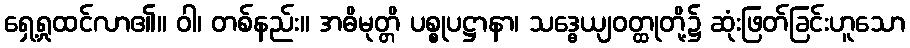
ရှေ့ရှုထင်လာ၏။ ဝါ၊ တစ်နည်း။ အဓိမုတ္တိ ပစ္စုပဋ္ဌာနာ၊ သဒ္ဓေယျဝတ္ထုတို့၌ ဆုံးဖြတ်ခြင်းဟူသော